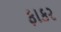
ફાકર